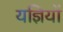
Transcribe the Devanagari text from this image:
यज्ञियों